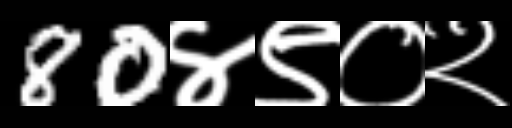
Text: 80४९०२